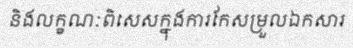
និងលក្ខណៈពិសេសក្នុងការកែសម្រួលឯកសារ